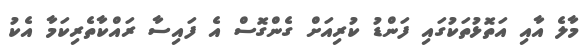
މާލެ އާއި އަތޮޅުތަކުގައި ފަންޑު ކުރިއަށް ގެންގޮސް އެ ފައިސާ ރައްކާތެރިކަމާ އެކު